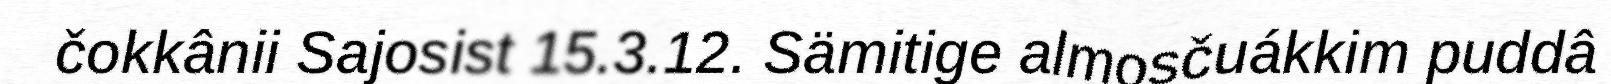
čokkânii Sajosist 15.3.12. Sämitige almosčuákkim puddâ